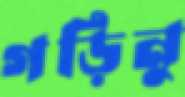
গড়িনু